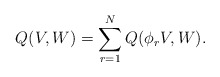
\begin{align*} Q(V,W) = \sum_{r=1}^N Q(\phi_r V, W).\end{align*}